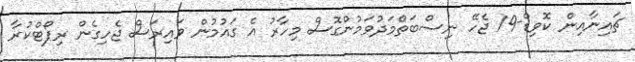
ޗައިނާއިން ކޮވިޑް-19 ޖެހޭ ނިސްބަތްމަދުވަމުންގޮސް މިހާރު އެ ގައުމުން ވައިރަސް ޖެހިގެން ރިޕޯޓްކުރާ